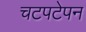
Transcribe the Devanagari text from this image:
चटपटेपन